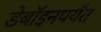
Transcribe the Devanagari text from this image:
डेबॉइनपर्यंत